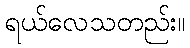
ရယ်လေသတည်း။